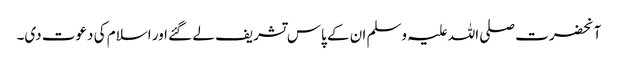
آنحضرت صلی اللہ علیہ وسلم ان کے پاس تشریف لے گئے اور اسلام کی دعوت دی۔